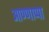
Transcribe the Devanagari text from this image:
आण्णाप्पा